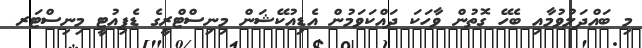
މި ބައްދަލުވުމާއި ބެހޭ ގޮތުން ވާހަކަ ދައްކަވަމުން އެޑިއުކޭޝަން މިނިސްޓްރީގެ ޑެޕިއުޓީ މިނިސްޓަރ